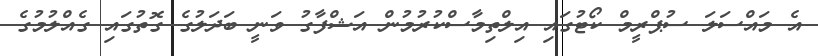
އެ މައްސަލަ ސުޕްރީމް ކޯޓުގައި އިލްތިމާސްކުރުމުން އަޝްފާގު ވަނީ ބަދަލުގެ ގޮތުގައި ގެއްލުމުގެ